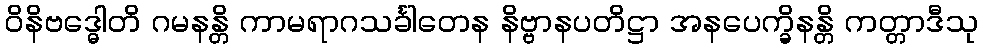
ဝိနိဗဒ္ဓေါတိ ဂမနန္တိ ကာမရာဂသင်္ခါတေန နိဗ္ဗာနပတိဋ္ဌာ အနပေက္ခိနန္တိ ကတ္တာဒီသု